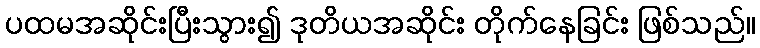
ပထမအဆိုင်းပြီးသွား၍ ဒုတိယအဆိုင်း တိုက်နေခြင်း ဖြစ်သည်။